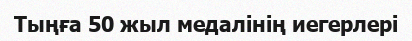
Тыңға 50 жыл медалінің иегерлері